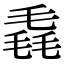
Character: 毳